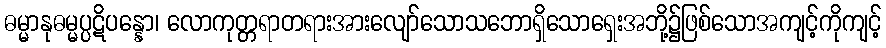
ဓမ္မာနုဓမ္မပ္ပဋိပန္နော၊ လောကုတ္တရာတရားအားလျော်သောသဘောရှိသောရှေးအဘို့၌ဖြစ်သောအကျင့်ကိုကျင့်